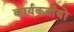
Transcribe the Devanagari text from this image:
कार्यकर्तायों